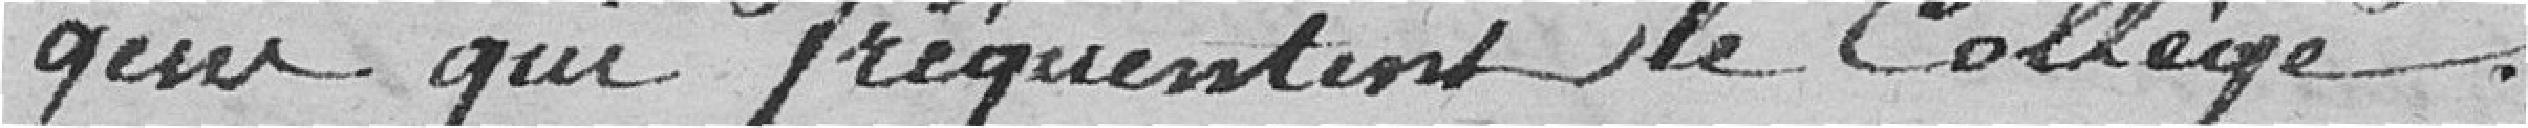
gens qui fréquentent le Collège